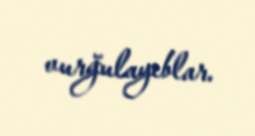
vurğulayıblar.